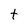
Character: t